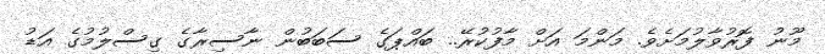
މޫނު ފޮރުވާލުމަށެވެ. މަންމަ އަށް މާފުކުރޭ.. ބައްޕަގެ ސަބަބުން ނާސިރާގެ ގިސްލުމުގެ އަޑު